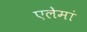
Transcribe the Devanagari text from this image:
एलेमां